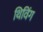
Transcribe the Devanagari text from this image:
थिविंग